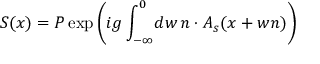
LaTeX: S ( x ) = P \exp \left( i g \int _ { - \infty } ^ { 0 } \! d w \, n \cdot A _ { s } ( x + w n ) \right)